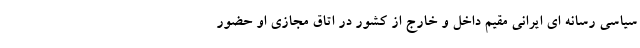
سیاسی رسانه ای ایرانی مقیم داخل و خارج از کشور در اتاق مجازی او حضور